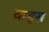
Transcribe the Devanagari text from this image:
वाड्स